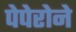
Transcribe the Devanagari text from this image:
पेपेरोने